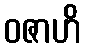
ဝဇာဟိ